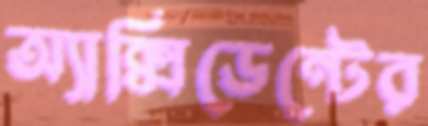
অ্যাক্সিডেন্টের